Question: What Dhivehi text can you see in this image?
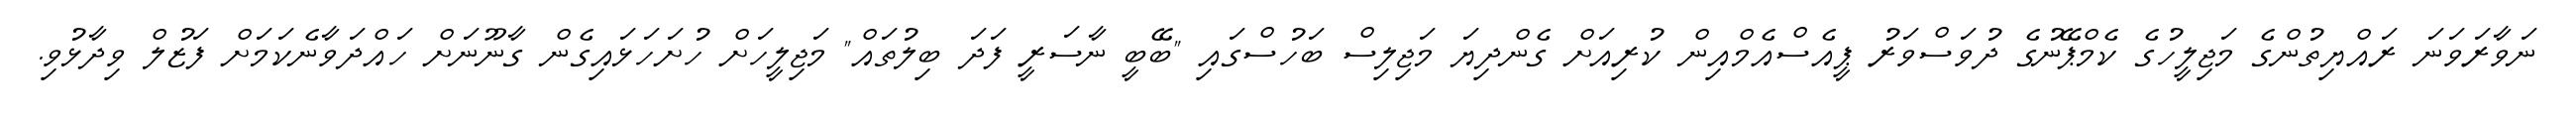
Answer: ނަވާރަވަނަ ރައްޔިތުންގެ މަޖިލީހުގެ ކެމްޕޭނުގެ ދުވަސްވަރު ޕީއެސްއެމްއިން ކުރިއަށް ގެންދިޔަ މަޖިލިސް ބަހުސްގައި "ބޭބީ ނާސަރީ ފަދަ ބިލުތައް" މަޖިލީހަށް ހުށަހަޅައިގެން ގާނޫނަށް ހައްދަވާނެކަމަށް ފަޒުލް ވިދާޅުވި.